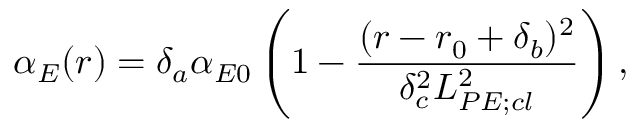
\alpha _ { E } ( r ) = \delta _ { a } \alpha _ { E 0 } \left( 1 - \frac { ( r - r _ { 0 } + \delta _ { b } ) ^ { 2 } } { \delta _ { c } ^ { 2 } L _ { P E ; c l } ^ { 2 } } \right) ,